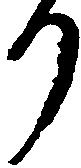
り